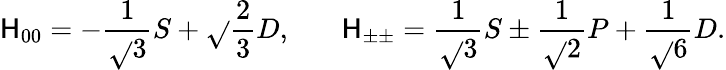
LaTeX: \mathsf{H}_{00}=-{\frac{{1}}{{\sqrt{}{{3}}}}}S+\sqrt{}{{{\frac{{2}}{{3}}}}}D,~~~~~~~\mathsf{H}_{\pm\pm}={\frac{{1}}{{\sqrt{}{{3}}}}}S\pm{\frac{{1}}{{\sqrt{}{{2}}}}}P+{\frac{{1}}{{\sqrt{}{{6}}}}}D.